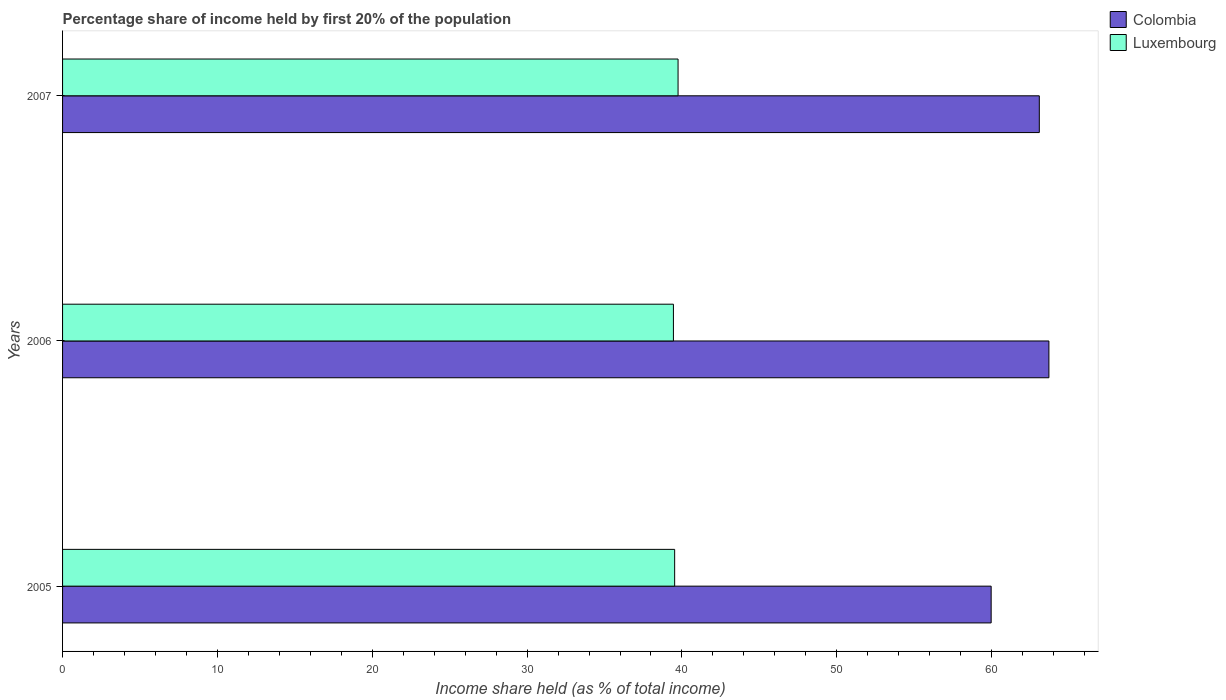
| Years | Colombia | Luxembourg |
 | --- | --- | --- |
 | 2005 | 60 | 39.5 |
 | 2006 | 63.7 | 39.5 |
 | 2007 | 63.1 | 39.8 |